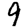
Digit: 9